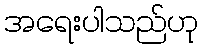
အရေးပါသည်ဟု